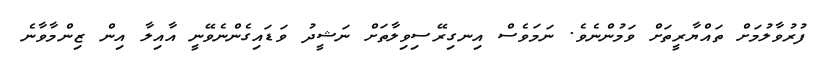
ފުރުވާލުމަށް ތައްޔާރީތަށް ވަމުންނެވެ. ނަމަވެސް އިނގިރޭސިވިލާތަށް ނަޝީދު ވަޑައިގެންނެވޭނީ އާއިލާ އިން ޒިންމާވާނެ